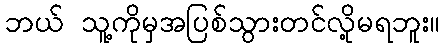
ဘယ် သူ့ကိုမှအပြစ်သွားတင်လို့မရဘူး။